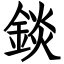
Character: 錟